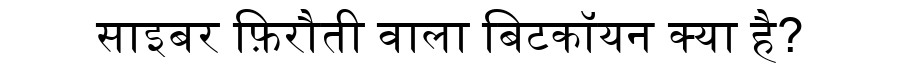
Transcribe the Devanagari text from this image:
साइबर फ़िरौती वाला बिटकॉयन क्या है?